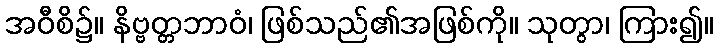
အဝီစိ၌။ နိဗ္ဗတ္တဘာဝံ၊ ဖြစ်သည်၏အဖြစ်ကို။ သုတွာ၊ ကြား၍။